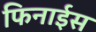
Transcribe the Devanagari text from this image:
फिनाईस